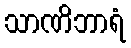
သာဏိဘာရံ